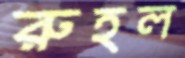
রুহল